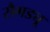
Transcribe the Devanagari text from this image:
सैगड्यू